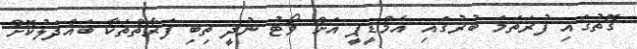
ގޮތުގައި ފުރަތަމަ ބުރުގައި އެމްޑީޕީ އަށް ވޯޓު ނުދީ ތިބި ފަރާތްތަކާ ބައްދަލުކޮށް